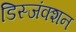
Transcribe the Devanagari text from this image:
डिस्जंक्शन